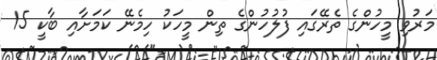
މަރުވި މީހުންގެ ތެރޭގައި ފުލުހުންގެ ތިން މީހަކު ހިމެނޭ ކަމަށާއި ބާކީ 15